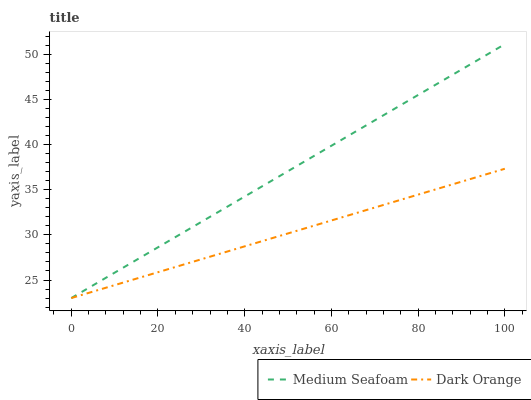
| xaxis_label | Medium Seafoam | Dark Orange |
 | --- | --- | --- |
 | 0 | 23 | 23 |
 | 7.69 | 25.2 | 24.1 |
 | 15.4 | 27.3 | 25.2 |
 | 23.1 | 29.5 | 26.3 |
 | 30.8 | 31.7 | 27.4 |
 | 38.5 | 33.8 | 28.5 |
 | 46.2 | 36 | 29.6 |
 | 53.8 | 38.1 | 30.7 |
 | 61.5 | 40.3 | 31.8 |
 | 69.2 | 42.5 | 32.9 |
 | 76.9 | 44.6 | 34 |
 | 84.6 | 46.8 | 35.1 |
 | 92.3 | 49 | 36.2 |
 | 100 | 51.1 | 37.3 |